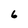
Character: 6